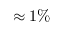
\approx 1 \%